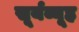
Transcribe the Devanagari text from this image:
सूर्यव्यूह